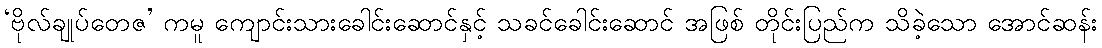
‘ဗိုလ်ချုပ်တေဇ’ ကမူ ကျောင်းသားခေါင်းဆောင်နှင့် သခင်ခေါင်းဆောင် အဖြစ် တိုင်းပြည်က သိခဲ့သော အောင်ဆန်း